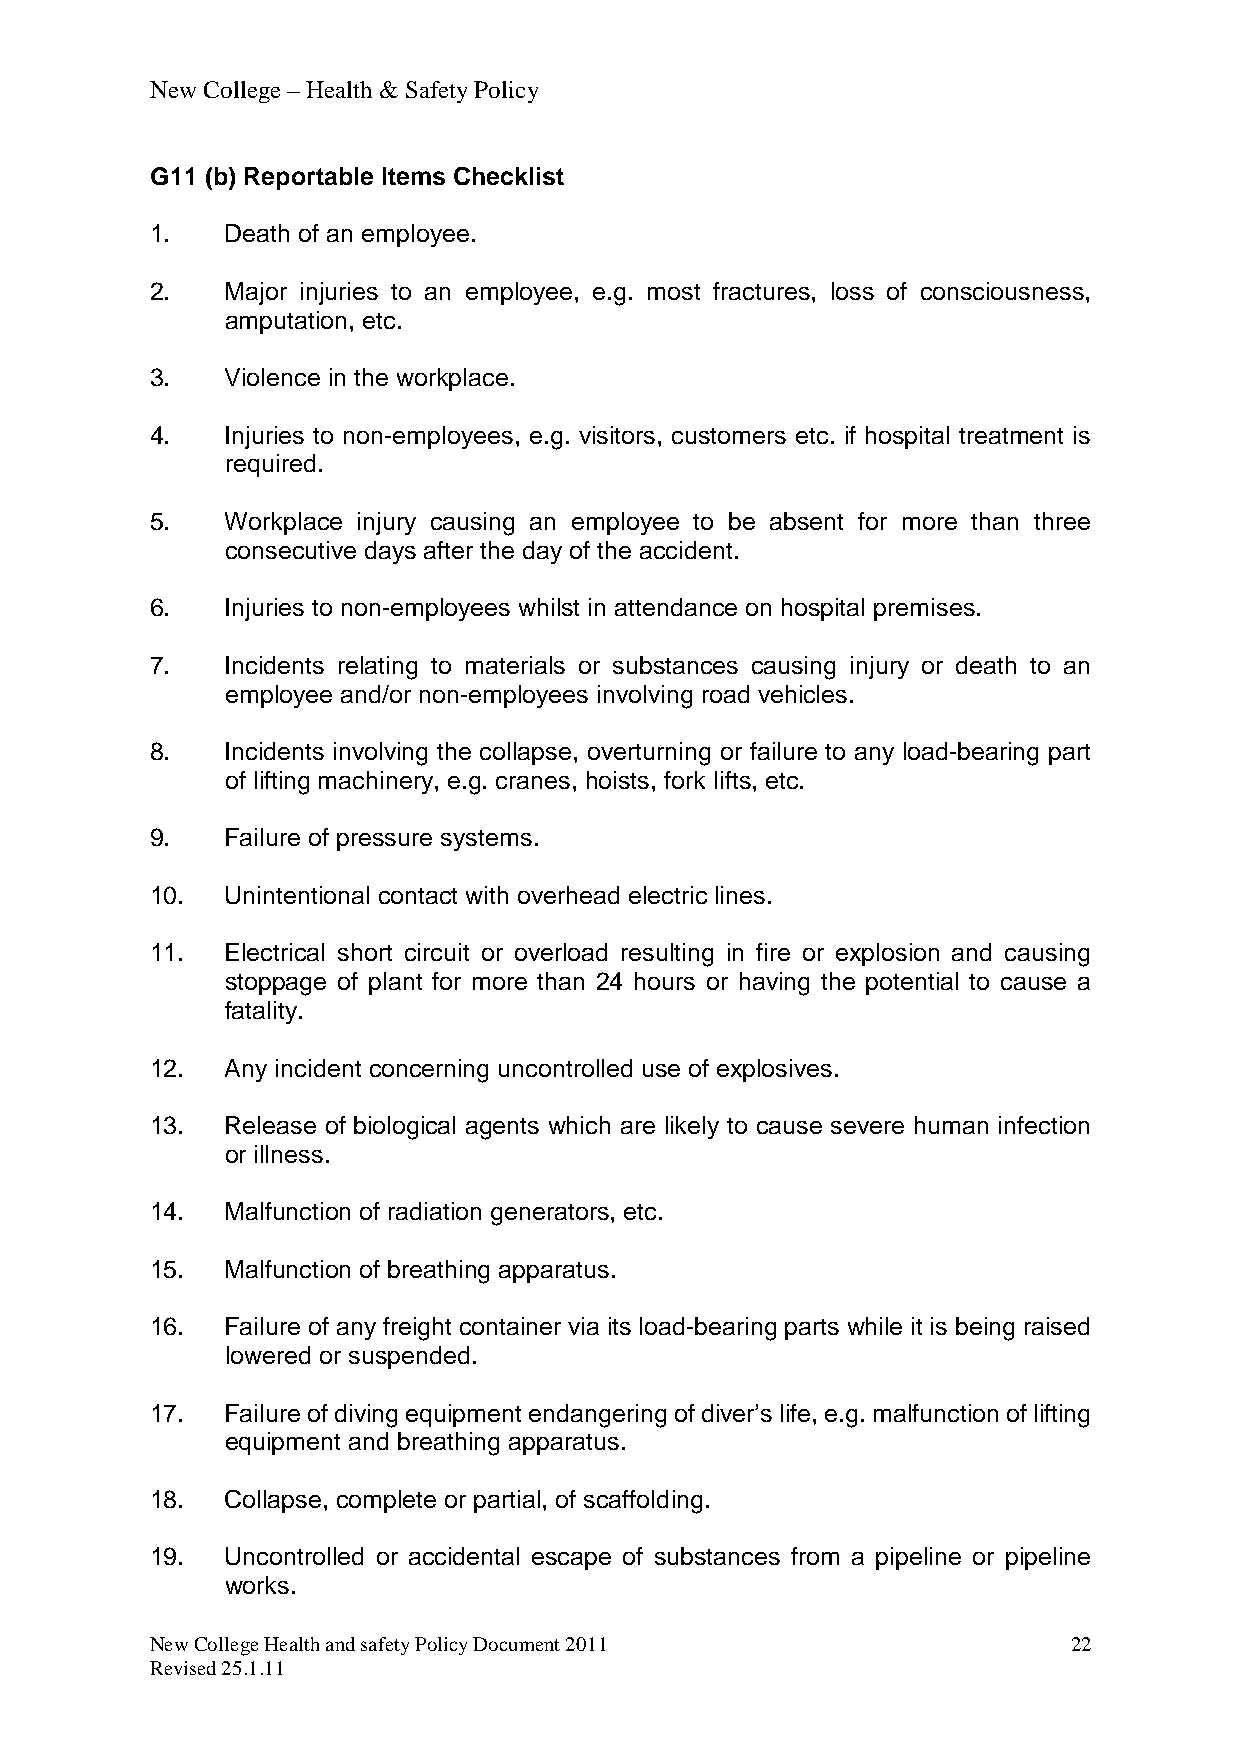
New College – Health & Safety Policy
 G11 (b) Reportable Items Checklist
 1.   Death of an employee.
 2.   Major injuries to an employee, e.g. most fractures, loss of consciousness,
 amputation, etc.
 3.   Violence in the workplace.
 4.   Injuries to non-employees, e.g. visitors, customers etc. if hospital treatment is
 required.
 5.   Workplace injury causing an employee to be absent for more than three
 consecutive days after the day of the accident.
 6.   Injuries to non-employees whilst in attendance on hospital premises.
 7.   Incidents relating to materials or substances causing injury or death to an
 employee and/or non-employees involving road vehicles.
 8.   Incidents involving the collapse, overturning or failure to any load-bearing part
 of lifting machinery, e.g. cranes, hoists, fork lifts, etc.
 9.   Failure of pressure systems.
 10.  Unintentional contact with overhead electric lines.
 11.  Electrical short circuit or overload resulting in fire or explosion and causing
 stoppage of plant for more than 24 hours or having the potential to cause a
 fatality.
 12.  Any incident concerning uncontrolled use of explosives.
 13.  Release of biological agents which are likely to cause severe human infection
 or illness.
 14.  Malfunction of radiation generators, etc.
 15.  Malfunction of breathing apparatus.
 16.  Failure of any freight container via its load-bearing parts while it is being raised
 lowered or suspended.
 17.  Failure of diving equipment endangering of diver’s life, e.g. malfunction of lifting
 equipment and breathing apparatus.
 18.  Collapse, complete or partial, of scaffolding.
 19.  Uncontrolled or accidental escape of substances from a pipeline or pipeline
 works.
 New College Health and safety Policy Document 2011           22
 Revised 25.1.11